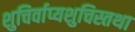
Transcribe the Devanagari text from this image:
शुचिर्वाप्यशुचिस्तथा